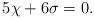
LaTeX: \begin{align*}5\chi + 6\sigma = 0.\end{align*}